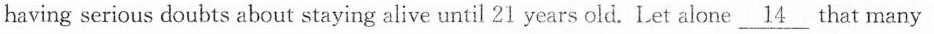
having serious doubts about staying alive until 21 years old. Let alone \underline{14} that many